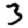
Digit: 3